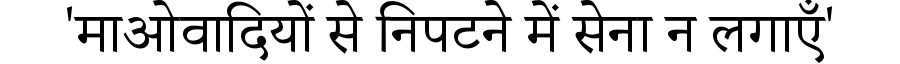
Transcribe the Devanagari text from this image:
'माओवादियों से निपटने में सेना न लगाएँ'